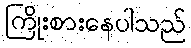
ကြိုးစားနေပါသည်